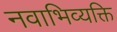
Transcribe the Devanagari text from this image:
नवाभिव्यक्ति